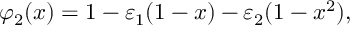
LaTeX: \varphi _ { 2 } ( x ) = 1 - \varepsilon _ { 1 } ( 1 - x ) - \varepsilon _ { 2 } ( 1 - x ^ { 2 } ) ,